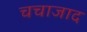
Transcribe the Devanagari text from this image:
चचाजाद